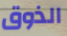
الذوق